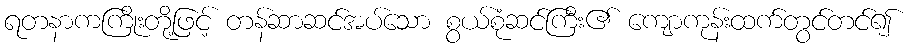
ရတနာကကြိုးတို့ဖြင့် တန်ဆာဆင်အပ်သော စွယ်စုံဆင်ကြီး၏ ကျောကုန်းထက်တွင်တင်၍